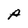
Character: A